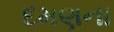
દમણના